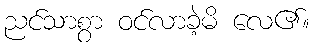
ညင်သာစွာ ဝင်လာခဲ့မိ လေ၏။